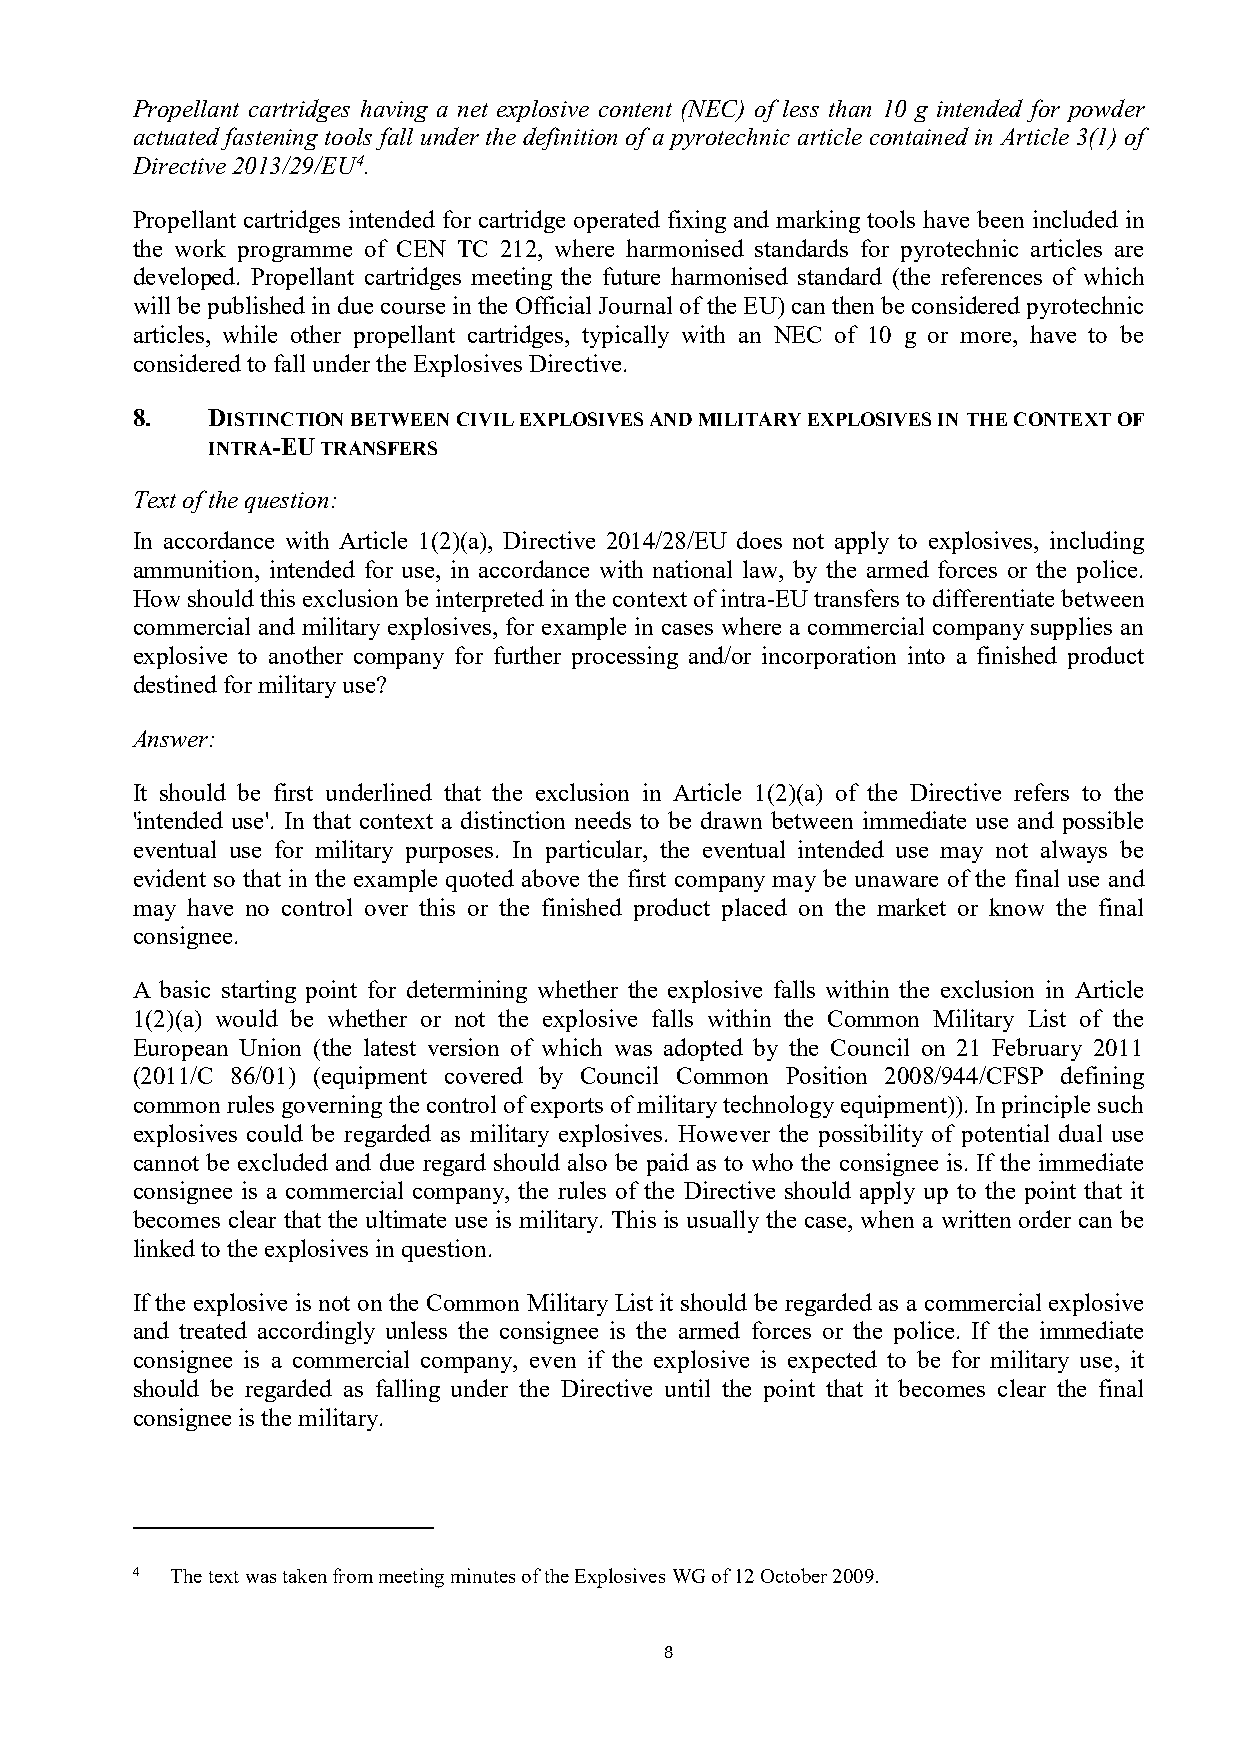
Propellant cartridges having a net explosive content (NEC) of less than 10 g intended for powder
 actuated fastening tools fall under the definition of a pyrotechnic article contained in Article 3(1) of
 Directive 2013/29/EU4.
 Propellant cartridges intended for cartridge operated fixing and marking tools have been included in
 the work programme of CEN TC 212, where harmonised standards for pyrotechnic articles are
 developed. Propellant cartridges meeting the future harmonised standard (the references of which
 will be published in due course in the Official Journal of the EU) can then be considered pyrotechnic
 articles, while other propellant cartridges, typically with an NEC of 10 g or more, have to be
 considered to fall under the Explosives Directive.
 8.   DISTINCTION BETWEEN CIVIL EXPLOSIVES AND MILITARY EXPLOSIVES IN THE CONTEXT OF
 INTRA-EU TRANSFERS
 Text of the question:
 In accordance with Article 1(2)(a), Directive 2014/28/EU does not apply to explosives, including
 ammunition, intended for use, in accordance with national law, by the armed forces or the police.
 How should this exclusion be interpreted in the context of intra-EU transfers to differentiate between
 commercial and military explosives, for example in cases where a commercial company supplies an
 explosive to another company for further processing and/or incorporation into a finished product
 destined for military use?
 Answer:
 It should be first underlined that the exclusion in Article 1(2)(a) of the Directive refers to the
 'intended use'. In that context a distinction needs to be drawn between immediate use and possible
 eventual use for military purposes. In particular, the eventual intended use may not always be
 evident so that in the example quoted above the first company may be unaware of the final use and
 may have no control over this or the finished product placed on the market or know the final
 consignee.
 A basic starting point for determining whether the explosive falls within the exclusion in Article
 1(2)(a) would be whether or not the explosive falls within the Common Military List of the
 European Union (the latest version of which was adopted by the Council on 21 February 2011
 (2011/C 86/01) (equipment covered by Council Common Position 2008/944/CFSP defining
 common rules governing the control of exports of military technology equipment)). In principle such
 explosives could be regarded as military explosives. However the possibility of potential dual use
 cannot be excluded and due regard should also be paid as to who the consignee is. If the immediate
 consignee is a commercial company, the rules of the Directive should apply up to the point that it
 becomes clear that the ultimate use is military. This is usually the case, when a written order can be
 linked to the explosives in question.
 If the explosive is not on the Common Military List it should be regarded as a commercial explosive
 and treated accordingly unless the consignee is the armed forces or the police. If the immediate
 consignee is a commercial company, even if the explosive is expected to be for military use, it
 should be regarded as falling under the Directive until the point that it becomes clear the final
 consignee is the military.
 4 The text was taken from meeting minutes of the Explosives WG of 12 October 2009.
 8